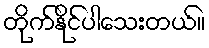
တိုက်နိုင်ပါသေးတယ်။